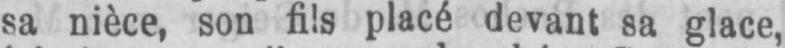
sa nièce, son fils placé devant sa glace,